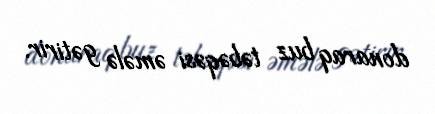
donaraq buz təbəqəsi əmələ gətirir.